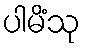
ပါမိံသု